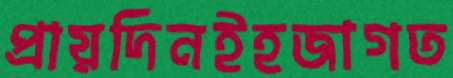
প্রায়দিনইহজাগত